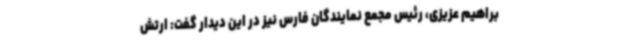
براهیم عزیزی، رئیس مجمع نمایندگان فارس نیز در این دیدار گفت: ارتش